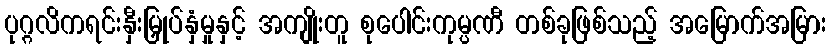
ပုဂ္ဂလိကရင်းနှီးမြှုပ်နှံမှုနှင့် အကျိုးတူ စုပေါင်းကုမ္ပဏီ တစ်ခုဖြစ်သည့် အမြောက်အမြား